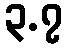
၃.၇